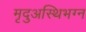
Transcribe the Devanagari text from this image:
मृदुअस्थिभग्न